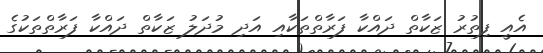
އެއީ ފިތުރު ޒަކާތް ދައްކާ ފަރާތްތަކާއި އަދި މުދަލު ޒަކާތް ދައްކާ ފަރާތްތަކުގެ